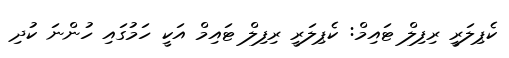
ކެޕިލަރީ ރިފިލް ޓައިމް: ކެޕިލަރީ ރިފިލް ޓައިމް އަކީ ހަމުގައި ހުންނަ ކުދި